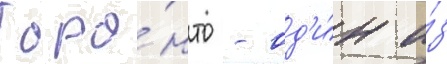
Торо́нто - од'и́н и́з